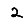
Digit: 2